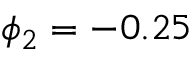
\phi _ { 2 } = - 0 . 2 5